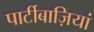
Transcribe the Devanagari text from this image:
पार्टीबाज़ियां